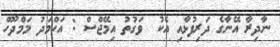
ނާދިރާ އޭނާގެ ދަރިފުޅާއި އެކު  ވަގުތު އިމޭޖްސް : އަހްމަދު މަމްދޫހް